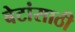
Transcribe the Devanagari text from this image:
बेटांसाठी